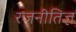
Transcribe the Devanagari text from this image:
रजनीतिज्ञ